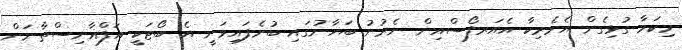
މިކަމާ ގުޅިގެން އެމެރިކާ އެއަރފޯސްއިން ނެރުނު ބަޔާނުގައި ބުނެފައިވަނީ އެ ބޯޓަކީ އަފްޣާނިސްތާނަށް